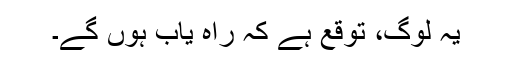
یہ لوگ، توقع ہے کہ راہ یاب ہوں گے۔